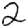
Digit: 2